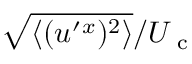
\sqrt { \langle { ( u ^ { \prime } { } ^ { x } ) ^ { 2 } } \rangle } / U _ { \textrm { c } }